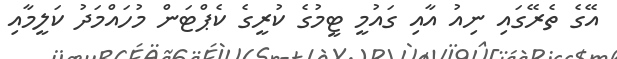
އޭގެ ތެރޭގައި ނިއު އާއި ގައުމީ ޓީމުގެ ކުރީގެ ކެޕްޓަން މުހައްމަދު ކަލީމާއި